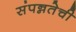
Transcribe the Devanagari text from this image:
संपन्नतेची